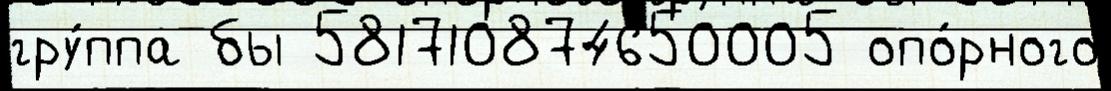
гру́ппа бы 581710874650005 опо́рного